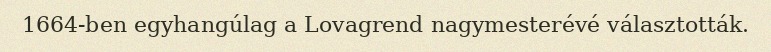
1664-ben egyhangúlag a Lovagrend nagymesterévé választották.